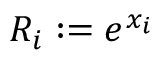
R _ { i } : = e ^ { x _ { i } }